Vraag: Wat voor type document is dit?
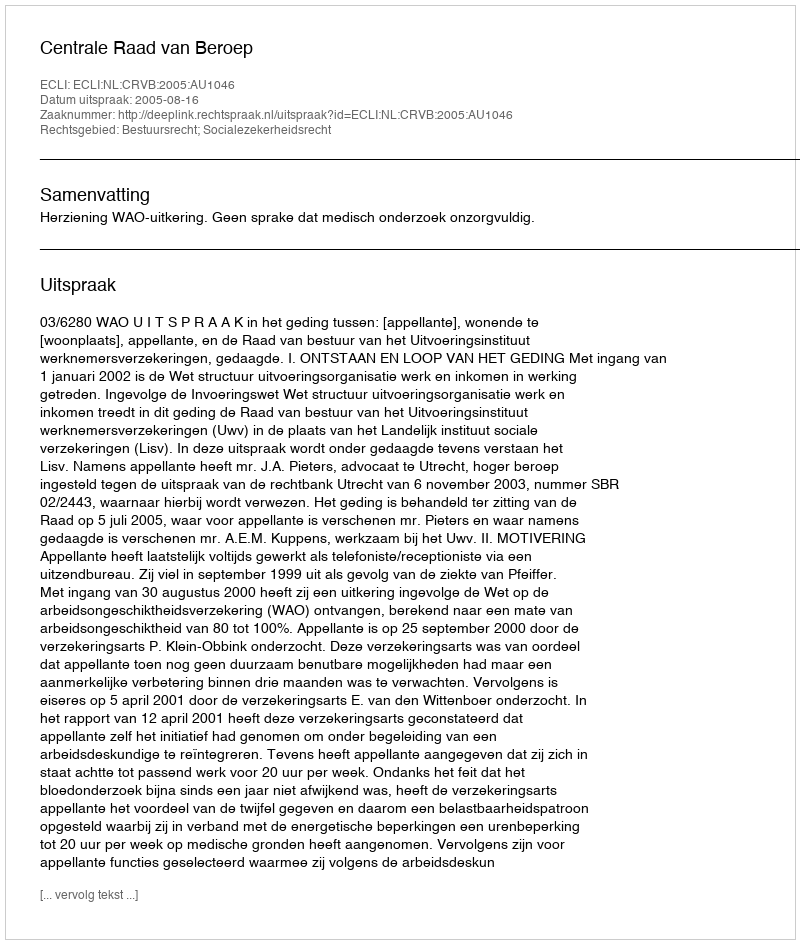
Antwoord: Uitspraak